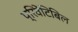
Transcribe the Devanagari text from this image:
प्रिवेंटिबिल